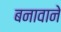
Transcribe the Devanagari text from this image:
बनावाने